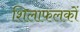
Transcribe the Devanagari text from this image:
शिलाफलकों